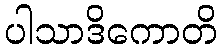
ပါသာဒိကောတိ